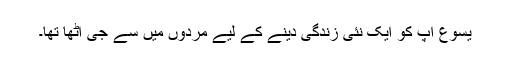
یسوع آپ کو ایک نئی زندگی دینے کے لیے مُردوں میں سے جی اُٹھا تھا۔